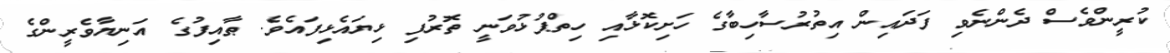
ކުރީންވެސް ދެންނެވި ފަދައިން އިތުރުސާހިބާގެ ހަށިކޮޅާއި ހިތްޕުޅުވަނީ ތޮރުފި ޅިޔައެޅިފައެވެ. ޠާއިފުގެ އަނިޔާވެރީންގެ